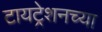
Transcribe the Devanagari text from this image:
टायट्रेशनच्या